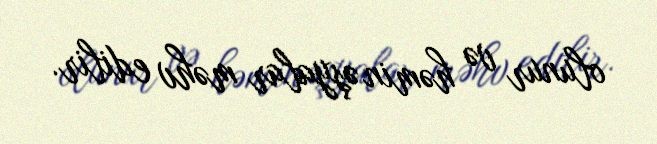
olunur və həmin əşyalar məhv edilir.